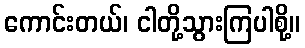
ကောင်းတယ်၊ ငါတို့သွားကြပါစို့။